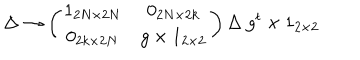
\Delta \rightarrow \left( \begin{array} { c c } { { 1 _ { 2 N \times 2 N } } } & { { 0 _ { 2 N \times 2 k } } } \\ { { 0 _ { 2 k \times 2 N } } } & { { g \times 1 _ { 2 \times 2 } } } \\ \end{array} \right) \Delta ~ g ^ { t } \times 1 _ { 2 \times 2 }